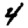
Digit: 4